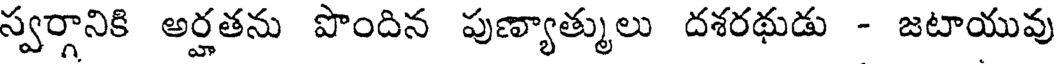
స్వర్గానికి అర్హతను పొందిన పుణ్యాత్ములు దశరథుడు - జటాయువు